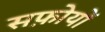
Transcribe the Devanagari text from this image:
सफ़ोयों